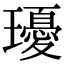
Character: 瓇